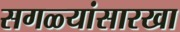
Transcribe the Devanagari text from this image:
सगळ्यांसारखा